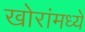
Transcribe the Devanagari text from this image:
खोरांमध्ये